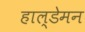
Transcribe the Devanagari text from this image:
हाल्डेमन